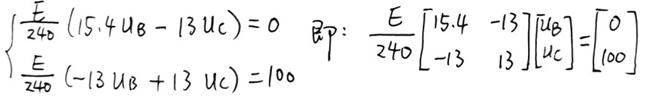
$\begin{cases} \frac{E}{240}(15.4 u_B - 13 u_C) = 0 \\ \frac{E}{240}(-13 u_B + 13 u_C) = 100 \end{cases} \quad 即: \quad \frac{E}{240} \begin{bmatrix} 15.4 & -13 \\ -13 & 13 \end{bmatrix} \begin{bmatrix} u_B \\ u_C \end{bmatrix} = \begin{bmatrix} 0 \\ 100 \end{bmatrix}$